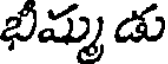
భీమ్మ డు